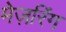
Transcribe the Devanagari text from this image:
मेज़रिंग